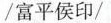
/富平侯印/